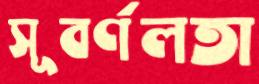
সূবর্ণলতা